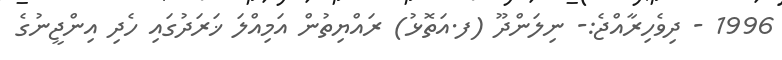
1996 - ދިވެހިރާއްޖެ:- ނިލަންދޫ (ފ.އަތޮޅު) ރައްޔިތުން އަމިއްލަ ޚަރަދުގައި ހެދި އިންޖީނުގެ